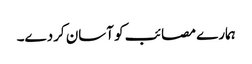
ہمارے مصائب کو آسان کردے۔